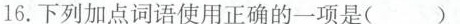
16.下列加点词语使用正确的一项是()